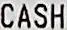
CASH